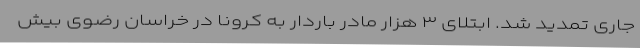
جاری تمدید شد. ابتلای ۳ هزار مادر باردار به کرونا در خراسان رضوی بیش